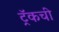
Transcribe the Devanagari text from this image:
ट्रॅकची